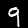
Label: 9